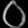
Digit: ၀